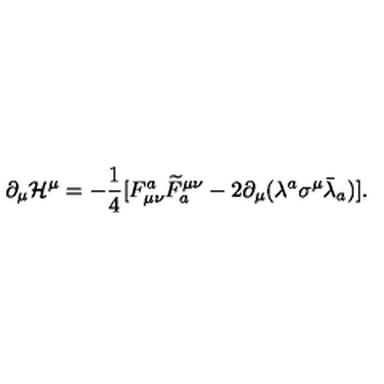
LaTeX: \partial _ { \mu } { \cal H } ^ { \mu } = - \frac { 1 } { 4 } [ F _ { \mu \nu } ^ { a } \widetilde { F } _ { a } ^ { \mu \nu } - 2 \partial _ { \mu } ( \lambda ^ { a } \sigma ^ { \mu } \bar { \lambda } _ { a } ) ] .